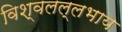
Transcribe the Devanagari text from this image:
विश्वलल्लभाय